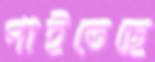
পাইতেছে